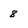
Character: 8